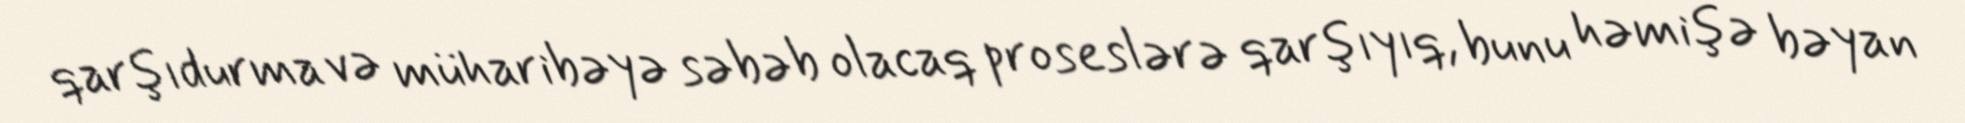
qarşıdurma və müharibəyə səbəb olacaq proseslərə qarşıyıq, bunu həmişə bəyan